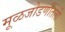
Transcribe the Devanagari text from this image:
मूळजोडणीतली